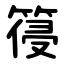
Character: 䈜